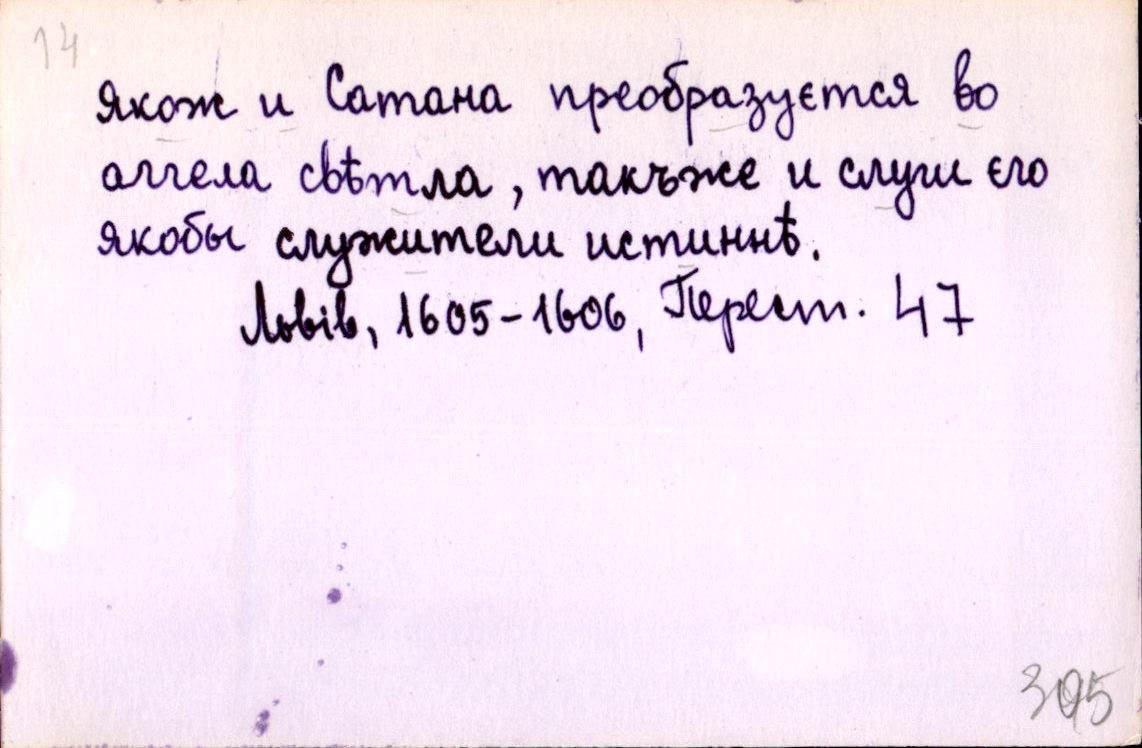
Якож и Сатана преобразуєтся во
аггела свѣтла, такъже и слуги єго
якобы служители истиннѣ.
Львів, 1605-1606, Перест. 47